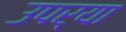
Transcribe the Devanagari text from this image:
उपर्‍या